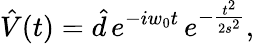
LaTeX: \hat{V}(t)=\hat{d}\, e^{-iw_{0}t}\, e^{-\frac{t^{2}}{2s^{2}}},